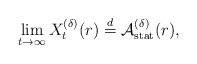
\begin{align*}\lim_{t\to\infty}X^{(\delta)}_t(r)\stackrel{d}{=}\mathcal{A}^{(\delta)}_{\rm stat}(r),\end{align*}